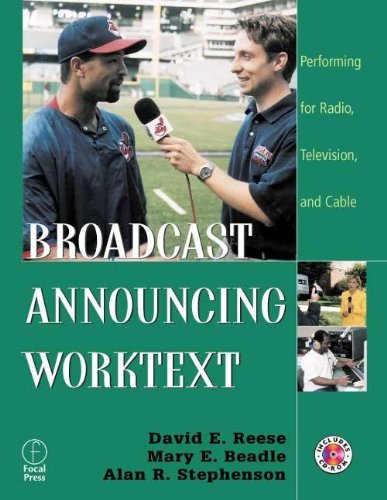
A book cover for Broadcast Announcing Worktext: Performing for Radio, Television, and Cable; David Reese; Humor & Entertainment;